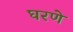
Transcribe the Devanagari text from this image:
घरणे